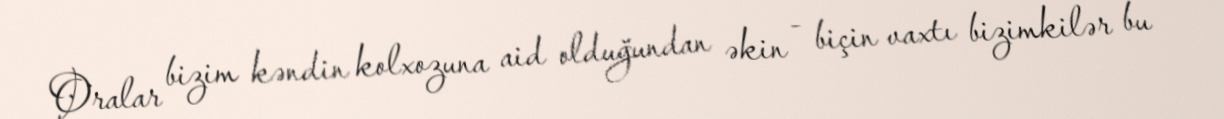
Oralar bizim kəndin kolxozuna aid olduğundan əkin - biçin vaxtı bizimkilər bu